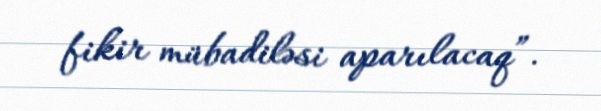
fikir mübadiləsi aparılacaq”.